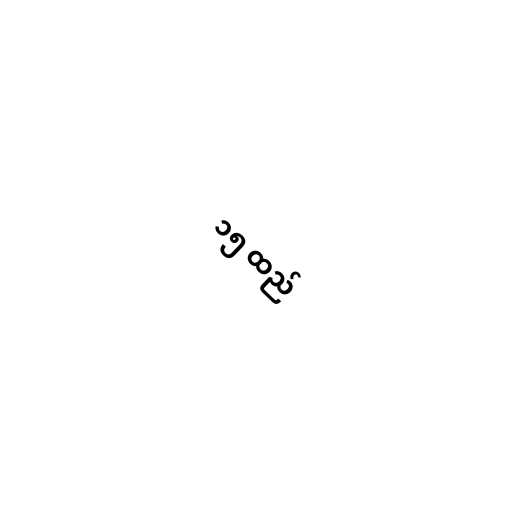
၁၅ ထည်